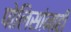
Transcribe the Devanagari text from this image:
पोलिसांनाही